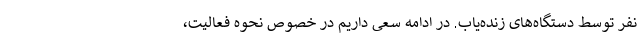
نفر توسط دستگاه‌های زنده‌یاب. در ادامه سعی داریم در خصوص نحوه فعالیت،